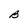
Character: B